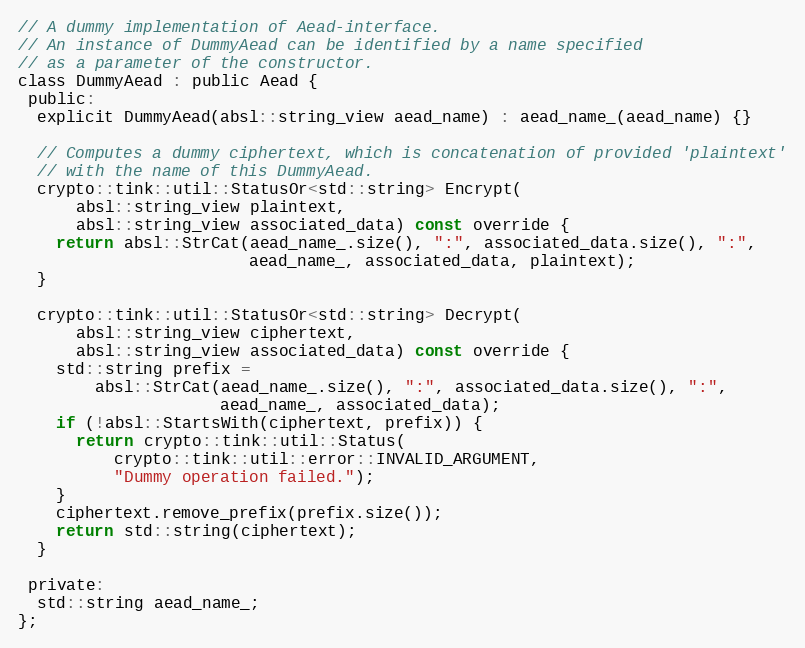
Language: C
// A dummy implementation of Aead-interface.
// An instance of DummyAead can be identified by a name specified
// as a parameter of the constructor.
class DummyAead : public Aead {
 public:
  explicit DummyAead(absl::string_view aead_name) : aead_name_(aead_name) {}

  // Computes a dummy ciphertext, which is concatenation of provided 'plaintext'
  // with the name of this DummyAead.
  crypto::tink::util::StatusOr<std::string> Encrypt(
      absl::string_view plaintext,
      absl::string_view associated_data) const override {
    return absl::StrCat(aead_name_.size(), ":", associated_data.size(), ":",
                        aead_name_, associated_data, plaintext);
  }

  crypto::tink::util::StatusOr<std::string> Decrypt(
      absl::string_view ciphertext,
      absl::string_view associated_data) const override {
    std::string prefix =
        absl::StrCat(aead_name_.size(), ":", associated_data.size(), ":",
                     aead_name_, associated_data);
    if (!absl::StartsWith(ciphertext, prefix)) {
      return crypto::tink::util::Status(
          crypto::tink::util::error::INVALID_ARGUMENT,
          "Dummy operation failed.");
    }
    ciphertext.remove_prefix(prefix.size());
    return std::string(ciphertext);
  }

 private:
  std::string aead_name_;
};